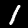
Digit: 1